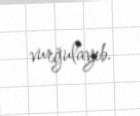
vurğulayıb.